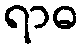
ရာဓ